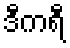
ဒီကရီ